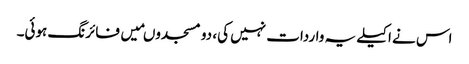
اس نے اکیلے یہ واردات نہیں کی، دو مسجدوںمیں فائرنگ ہوئی۔